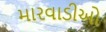
મારવાડીઓ